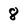
Character: 8